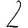
Digit: 2